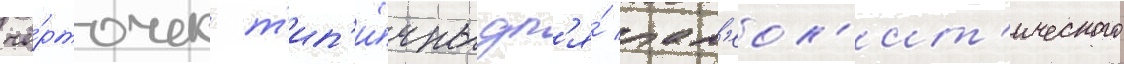
чё́рточек т'ип'и́чны дл'я́ пал'еол'ит'ического